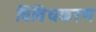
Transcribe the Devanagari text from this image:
विविधकरण